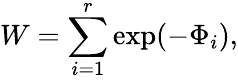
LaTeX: W=\sum_{i=1}^{r}\mathrm{exp}(-\Phi_{i}),